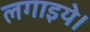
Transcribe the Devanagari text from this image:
लगाइये।